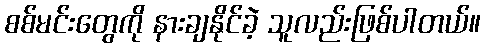
စစ်မင်းတွေကို နားချနိုင်ခဲ့ သူလည်းဖြစ်ပါတယ်။